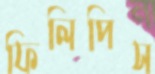
ফিলিপিস